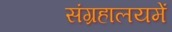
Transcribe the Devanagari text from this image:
संग्रहालयमें